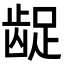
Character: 龊